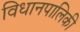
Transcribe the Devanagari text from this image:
विधानपालिकी